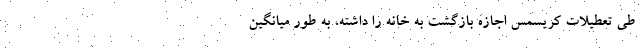
طی تعطیلات کریسمس اجازه بازگشت به خانه را داشته،‌ به طور میانگین